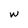
Character: w